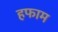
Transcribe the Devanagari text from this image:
हफाम